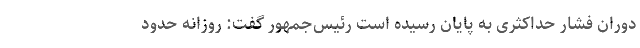
دوران فشار حداکثری به پایان رسیده است رئیس‌جمهور گفت: روزانه حدود